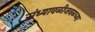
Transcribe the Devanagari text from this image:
संध्यावळीजवळच्या